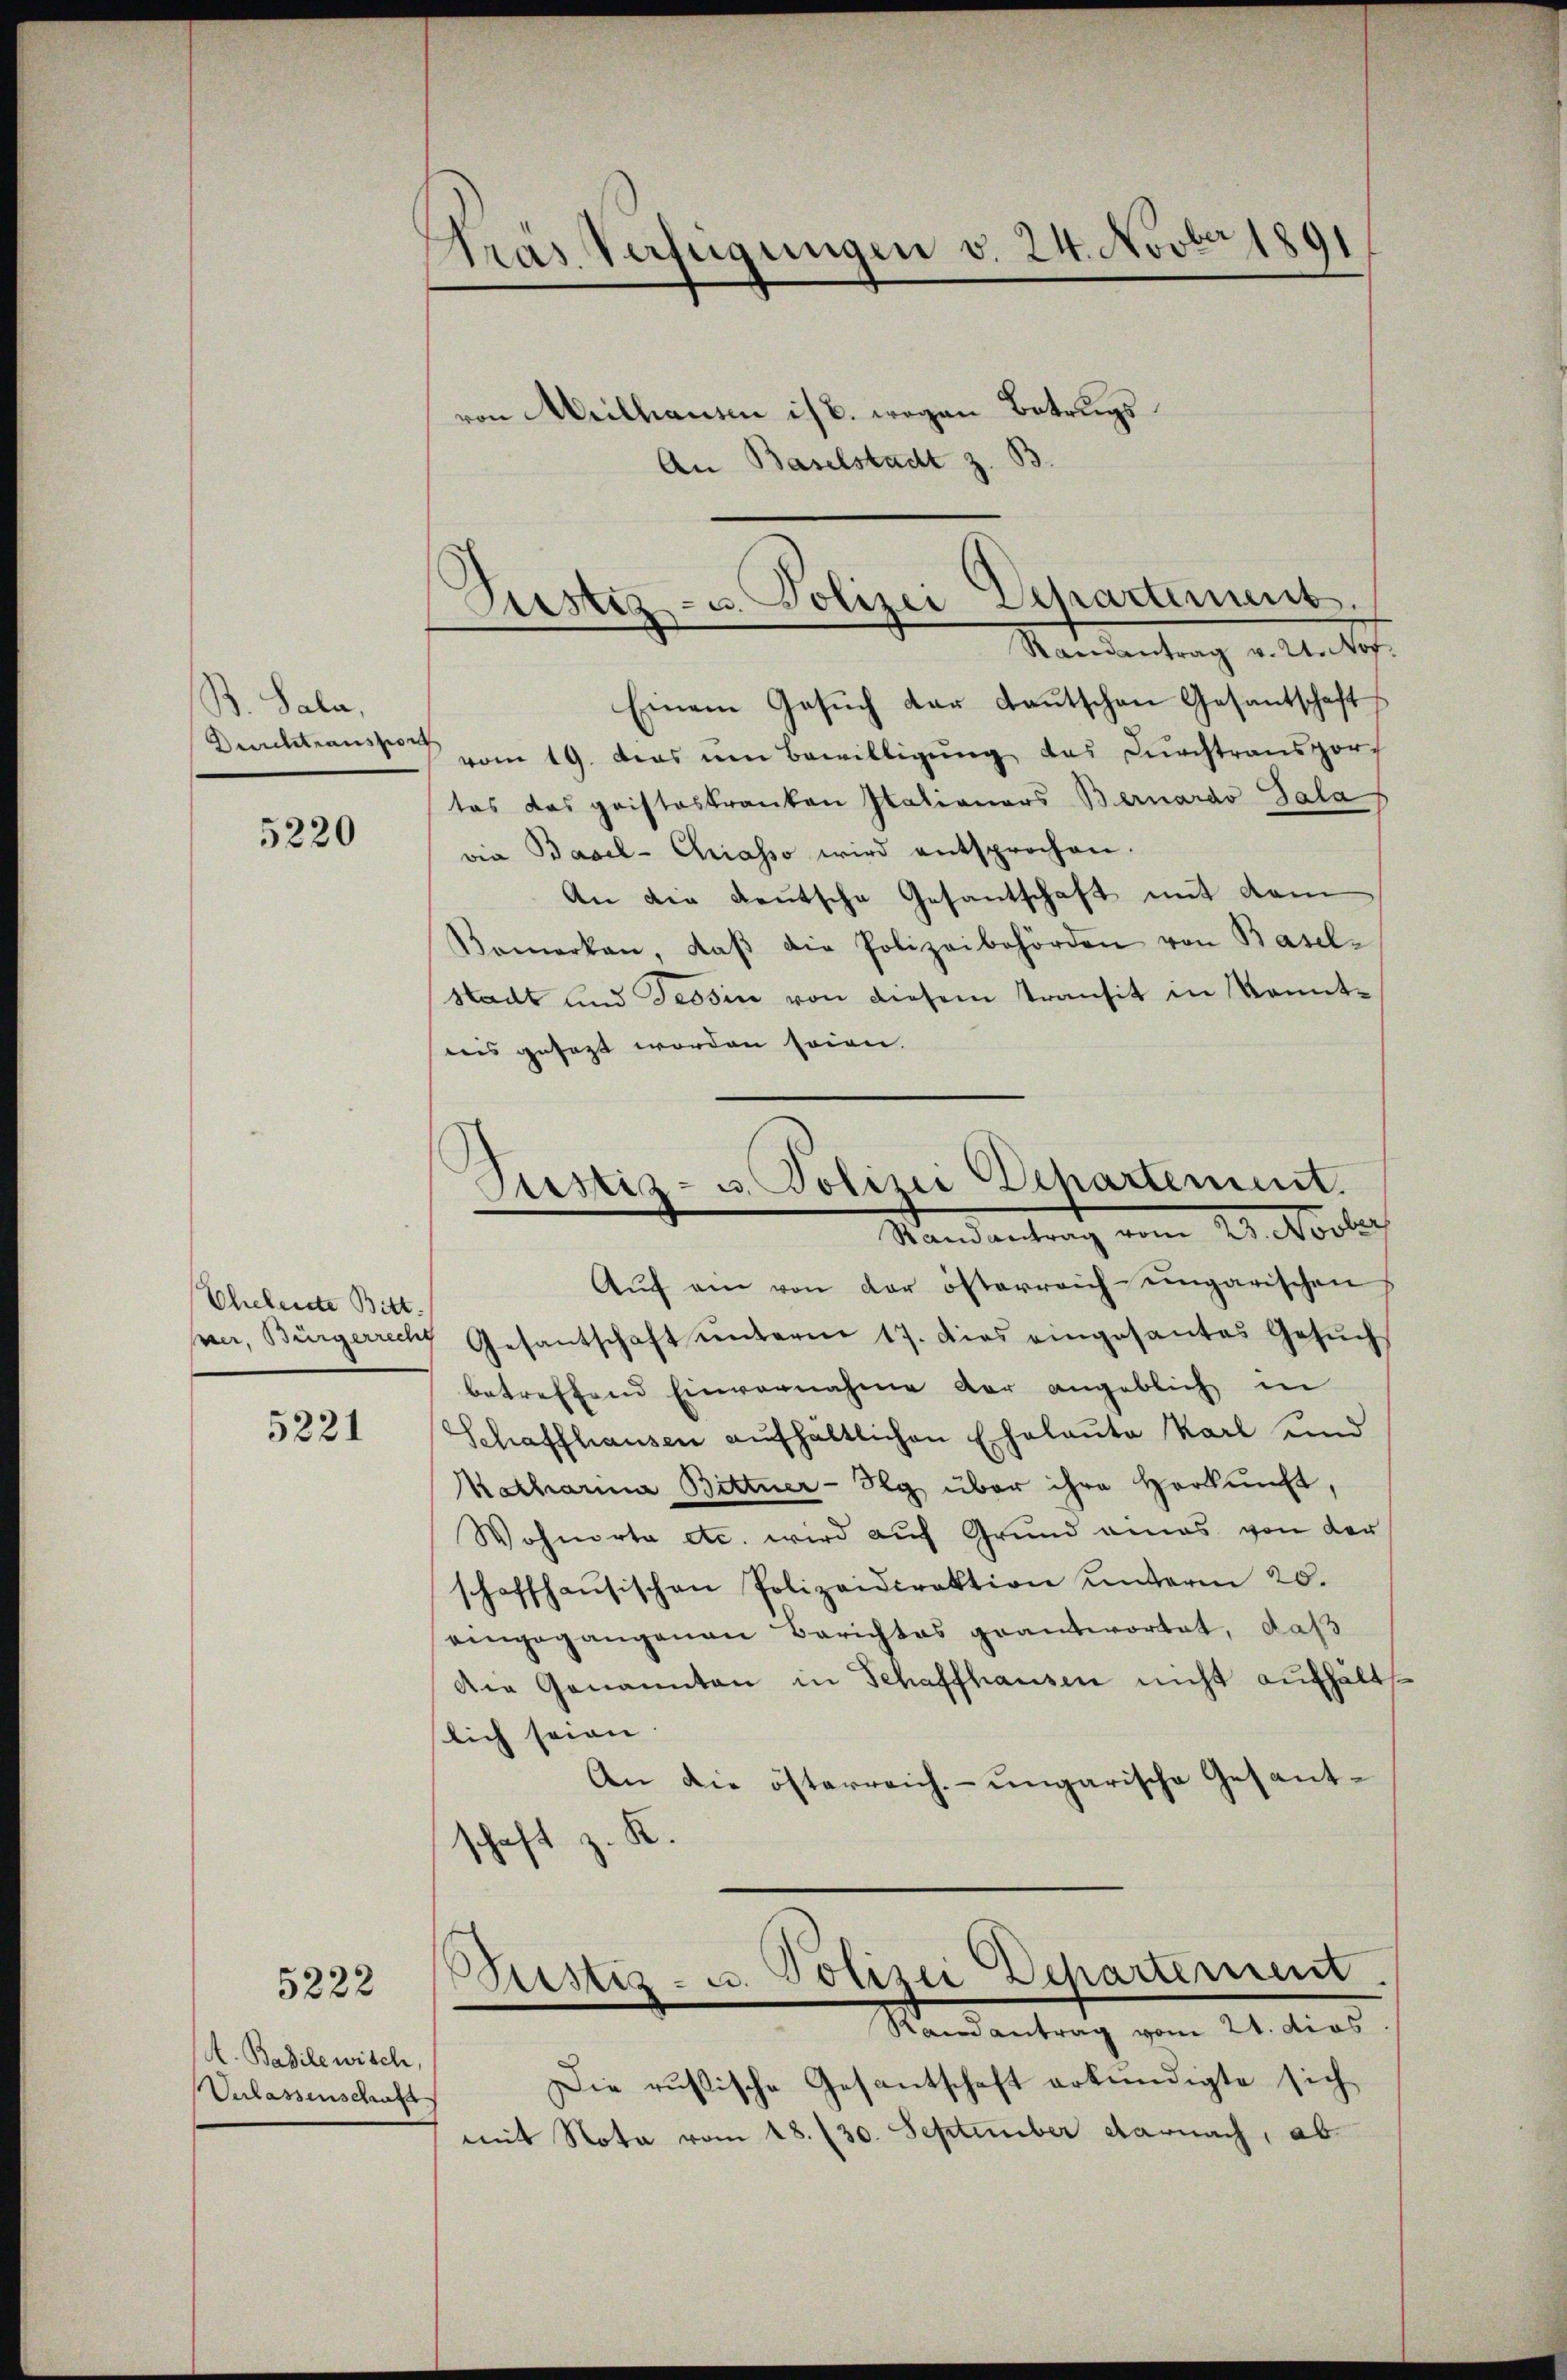
B. Sala,

5220

Ehehente Bitt

5221

5222

A. Babile wisch,
Verlassenschaft

Tras Verfügungen v. 24. Novber 1891
von Meilhausen ist. wegen Betrugs
An Baselstadt z. B.

Pustiz- u. Polizei Departement.
Randantrag v. U. Nov.

Einem Gesuch der Lautschen Gesantschaft
Durchtransport vom 19. das um Bewilligung das Durchtransportos das pristeskranken Nationars Bernardo Sala
vie Basel-Chiasso wird entsprochen.
An die deutsche Gesantschaft mit dem
Bemerken, daβ die Polizeibehörden von Basel-
stadt und Tessin von diesem Transit in konntreis gesagt worden seien.

Justiz- u. Polizei Departement.
Randantrag vom 23. Novber

Aŭf ein von der österreich-ungarischen
pe, Bürgerrech Gesantschaft ŭnterm 17. dies eingesantes Gesŭch
betreffend Einvernahme der angeblich in
Schaffhausen aŭfhaltlichen Echalaŭte Karl und
Motharina Bittner-Neg über ihre Herkunft,
Wohnorta etc. wird auf Grund eines von der
schaffhausischen Polizeidirektion ŭnterm 20.
eingegangenen Berichtes geantwortet, daß
Die Genannten in Schaffhausen nicht aufhältlich seien.
An die österreich- ungarische Gesandtschaft z. K.
Bustiz- u. Polizei Departement
Mandantrag vom 24. dies
Die russische Gesantschaft erkundigte sich
mit Nota vom 18. 130. September darnach, ab